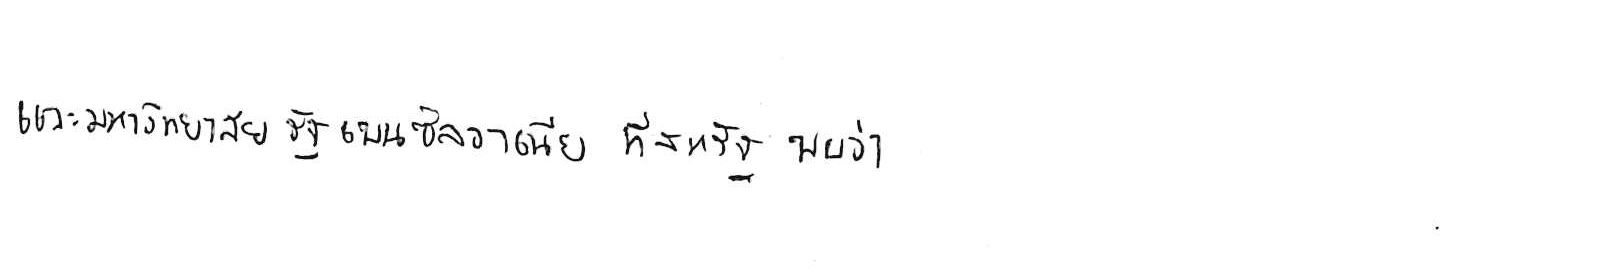
และมหาวิทยาลัยรัฐเพนซิลวาเนีย ที่สหรัฐ พบว่า